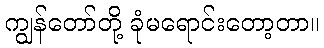
ကျွန်တော်တို့ ခုံမရောင်းတော့တာ။